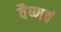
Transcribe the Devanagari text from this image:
वैष्णवं